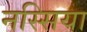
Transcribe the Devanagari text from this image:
नस्सिया